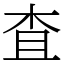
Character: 査